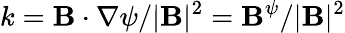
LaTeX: k=\mathbf{B}\cdot\nabla\psi/|\mathbf{B}|^{2}=\mathbf{B}^{\psi}/|\mathbf{B}|^{2}